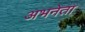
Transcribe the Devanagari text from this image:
अभनेता